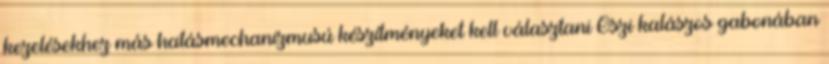
kezelésekhez más hatásmechanizmusú készítményeket kell választani Őszi kalászos gabonában